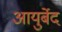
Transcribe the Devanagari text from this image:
आयुर्बेद